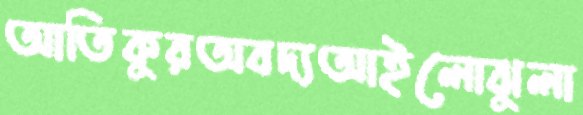
আতিকুরঅবদ্যআইলোঝুলা